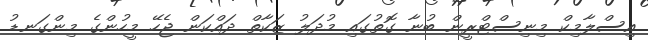
އިސްލާމިކް މިނިސްޓްރީން ބުނާ ގޮތުގައި މުދަލު ޒަކާތް ދައްކަން ޖެހޭ މީހުންގެ މިންގަނޑު